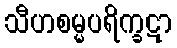
သီဟစမ္မပရိက္ခဋာ